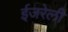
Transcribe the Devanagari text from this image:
ईजरेली